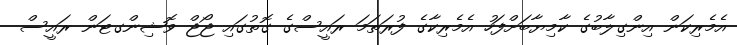
އެމެރިކަން އިންގިލާބުގެ ކާމިޔާބަށްފަހު އެމެރިކާގެ ފުރަތަމަ ރައީސްގެ ގޮތުގައި ޖޯޖް ވޮޝިންގޓަން ރައީސް